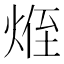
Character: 𪸽